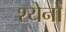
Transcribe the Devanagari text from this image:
श्येनों